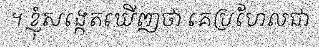
។ ខ្ញុំសង្កេតឃើញថា គេប្រហែលជា